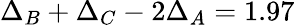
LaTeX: \Delta_{B}+\Delta_{C}-2\Delta_{A}=1.97